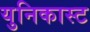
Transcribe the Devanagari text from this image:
युनिकास्ट